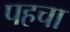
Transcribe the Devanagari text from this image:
पहचा